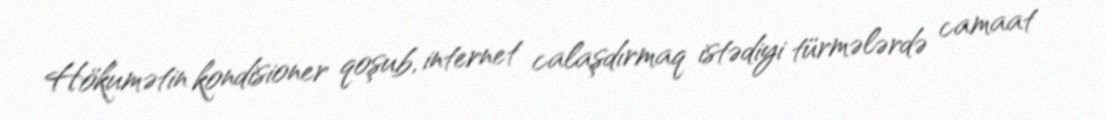
Hökumətin kondisioner qoşub, internet calaşdırmaq istədiyi türmələrdə camaat